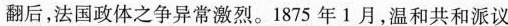
翻后，法国政体之争异常激烈。1875年1月，温和共和派议